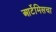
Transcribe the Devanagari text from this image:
आर्टेमिसचा